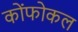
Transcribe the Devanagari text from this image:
कोंफोकल